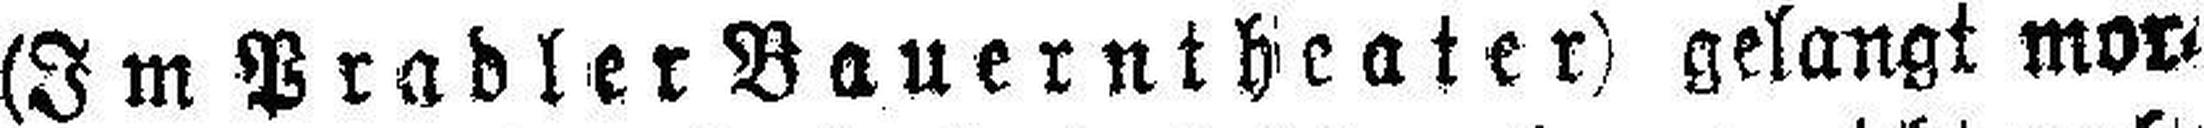
(Im Pradler Bauerntheater) gelangt mor¬